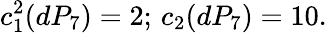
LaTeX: c_{1}^{2}(dP_{7})=2;\, c_{2}(dP_{7})=10.